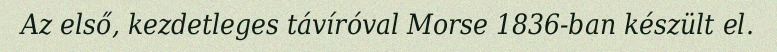
Az első, kezdetleges távíróval Morse 1836-ban készült el.